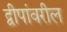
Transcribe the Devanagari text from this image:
द्वीपांवरील